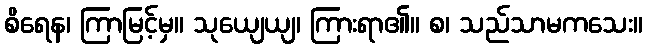
စိရေန၊ ကြာမြင့်မှ။ သုယျေယျ၊ ကြားရာ၏။ စ၊ သည်သာမကသေး။